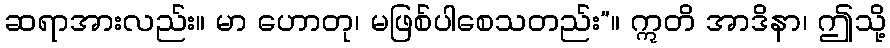
ဆရာအားလည်း။ မာ ဟောတု၊ မဖြစ်ပါစေသတည်း”။ ဣတိ အာဒိနာ၊ ဤသို့